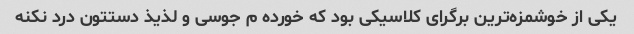
یکی از خوشمزه‌ترین برگرای کلاسیکی بود که خورده م جوسی و لذیذ دستتون درد نکنه